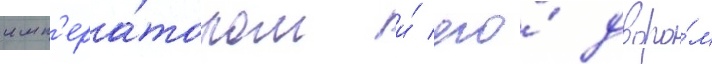
имп'ера́тором и́ его́ дворо́м